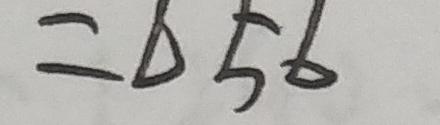
= 6 5 6